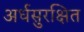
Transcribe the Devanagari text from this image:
अर्धसुरक्षित